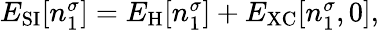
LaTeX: \begin{array}{r}{E_{\mathrm{SI}}[n_{1}^{\sigma}]=E_{\mathrm{H}}[n_{1}^{\sigma}]+E_{\mathrm{XC}}[n_{1}^{\sigma},0],}\end{array}